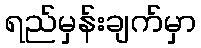
ရည်မှန်းချက်မှာ